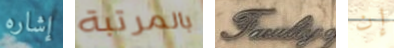
إشاره بالمرتبة Faculity إن